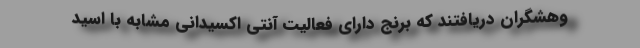
وهشگران دریافتند که برنج دارای فعالیت آنتی اکسیدانی مشابه با اسید